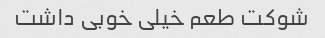
شوکت طعم خیلی خوبی داشت